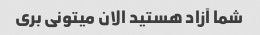
شما آزاد هستید الان میتونی بری